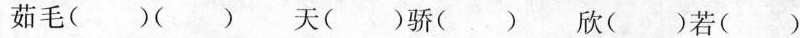
茹毛()() 天()骄() 欣()若()